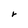
Character: r